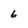
Character: 6